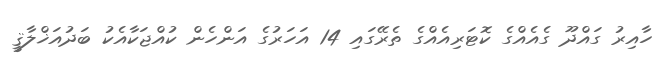
ހާއިރު ގައްދޫ ގެއެއްގެ ކޮޓަރިއެއްގެ ތެރޭގައި 14 އަހަރުގެ އަންހެން ކުއްޖަކާއެކު ބަދުއަޚްލާޤީ